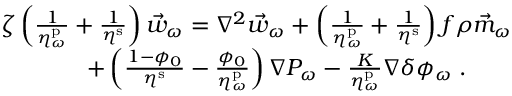
\begin{array} { r l } & { \zeta \left( \frac { 1 } { \eta _ { \omega } ^ { \mathrm { p } } } + \frac { 1 } { \eta ^ { \mathrm { s } } } \right) \vec { w } _ { \omega } = \nabla ^ { 2 } \vec { w } _ { \omega } + \left( \frac { 1 } { \eta _ { \omega } ^ { \mathrm { p } } } + \frac { 1 } { \eta ^ { \mathrm { s } } } \right) f \rho \vec { m } _ { \omega } } \\ & { \ \ \ \ \ \ \ \ \ \ \ + \left( \frac { 1 - \phi _ { 0 } } { \eta ^ { \mathrm { s } } } - \frac { \phi _ { 0 } } { \eta _ { \omega } ^ { \mathrm { p } } } \right) \nabla P _ { \omega } - \frac { K } { \eta _ { \omega } ^ { \mathrm { p } } } \nabla \delta \phi _ { \omega } \; . } \end{array}